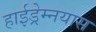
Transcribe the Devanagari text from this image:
हाईड्रेम्नयास